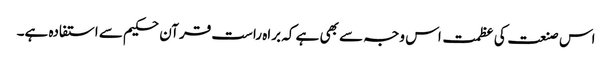
اس صنعت کی عظمت اس وجہ سے بھی ہے کہ براہ راست قرآن حکیم سے استفادہ ہے۔